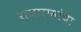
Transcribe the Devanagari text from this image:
राजारामांचा